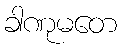
ခါဏုမတေ